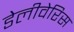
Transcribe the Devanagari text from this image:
डेलीवेरिस